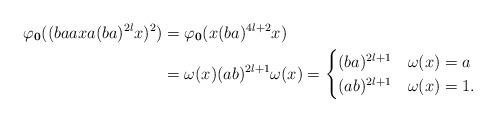
LaTeX: \begin{align*}\varphi_{\boldsymbol{0}}((baaxa(ba)^{2l}x)^2) &= \varphi_{\boldsymbol{0}}(x(ba)^{4l+2}x)\\&= \omega(x)(ab)^{2l+1}\omega(x)=\begin{cases}(ba)^{2l+1} & \omega(x)=a \\ (ab)^{2l+1} & \omega(x) =1.\end{cases}\end{align*}